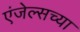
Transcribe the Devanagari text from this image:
एंजेल्सच्या